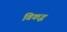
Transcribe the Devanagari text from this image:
विकद्ध